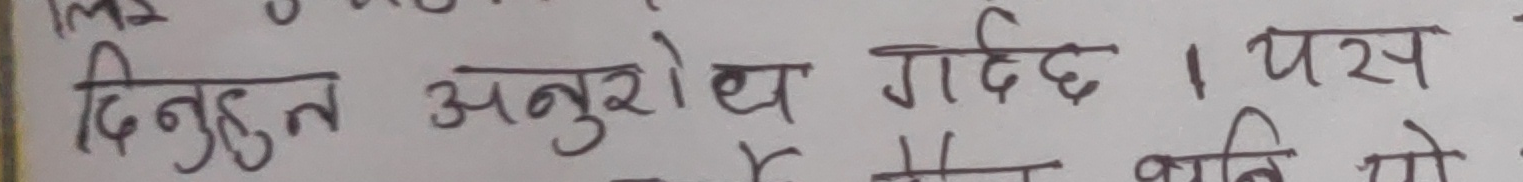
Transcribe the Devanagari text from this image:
दिनुहुन अनुरोध गर्दछु। यस